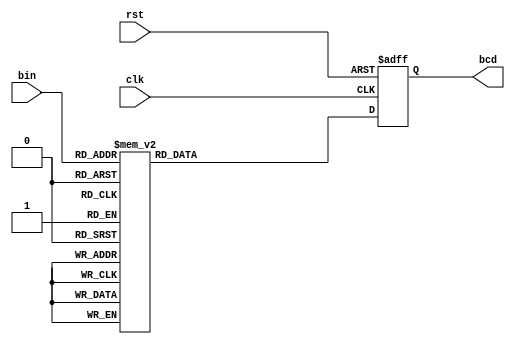
module bin2bcd(clk,rst,bin,bcd);

input clk,rst;
input[3:0] bin;
output reg[7:0] bcd;

always@(negedge rst or posedge clk)begin
    if(!rst)begin
        bcd<={4'd0,4'd0};
    end
    else begin
        case(bin)                                                
            0:bcd<={4'd0,4'd0};
            1:bcd<={4'd0,4'd1};
            2:bcd<={4'd0,4'd2};
            3:bcd<={4'd0,4'd3};
            4:bcd<={4'd0,4'd4};
            5:bcd<={4'd0,4'd5};
            6:bcd<={4'd0,4'd6};
            7:bcd<={4'd0,4'd7};
            8:bcd<={4'd0,4'd8};
            9:bcd<={4'd0,4'd9};
            10:bcd<={4'd1,4'd0};
            11:bcd<={4'd1,4'd1};
            12:bcd<={4'd1,4'd2};
            13:bcd<={4'd1,4'd3};
            14:bcd<={4'd1,4'd4};
            15:bcd<={4'd1,4'd5};
            default: bcd<={4'd0,4'd0};     
        endcase
    end 
end            

endmodule